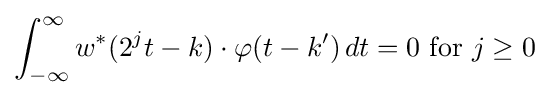
\int _{-\infty }^{\infty }w^{*}(2^{j}t-k)\cdot \varphi (t-k')\,dt=0{\text{ for }}j\geq 0